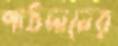
পাঠদানের